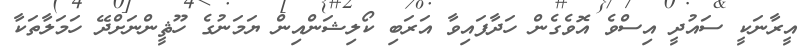
އީރާނަކީ ސައުދީ އިސްވެ އޮވެގެން ހަދާފައިވާ އަރަބި ކޯލިޝަންއިން ޔަމަނުގެ ހޫޘީންނަށްދޭ ހަމަލާތަކާ